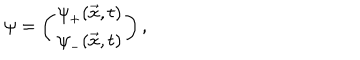
LaTeX: \psi = \left( \begin{array} { c } { { { { \psi } _ { + } ( \vec { x } , t ) } } } \\ { { { { \psi } _ { - } ( \vec { x } , t ) } } } \\ \end{array} \right) ,